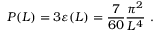
P ( L ) = 3 \varepsilon ( L ) = \frac { 7 } { 6 0 } \frac { \pi ^ { 2 } } { L ^ { 4 } } \ .